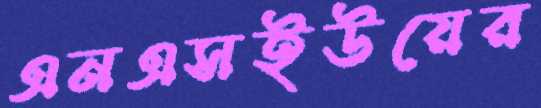
এনএসইউয়ের